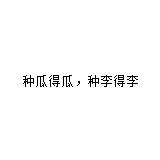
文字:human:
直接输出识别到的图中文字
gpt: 种瓜得瓜﹐种李得李